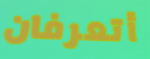
أتعرفان